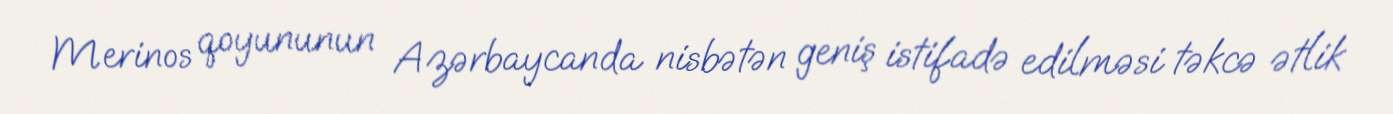
Merinos qoyununun Azərbaycanda nisbətən geniş istifadə edilməsi təkcə ətlik